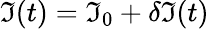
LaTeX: \mathfrak{I}(t)=\mathfrak{I}_{0}+\delta\mathfrak{I}(t)